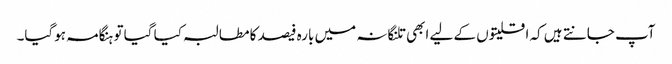
آپ جانتے ہیں کہ اقلیتوں کے لیے ابھی تلنگانہ میں بارہ فیصد کا مطالبہ کیا گیا تو ہنگامہ ہوگیا۔